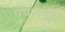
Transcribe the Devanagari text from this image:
घुघुलपट्टी